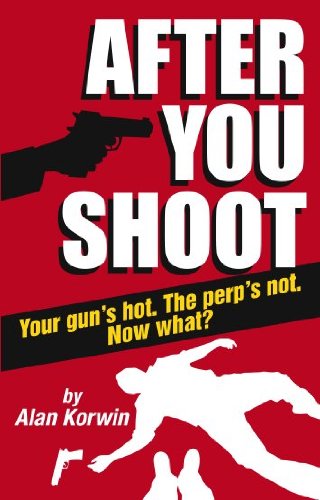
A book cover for After You Shoot: Your Gun's Hot. The Perp's Not. Now What?; Alan Korwin; Law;